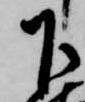
下